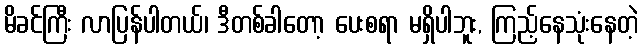
မိခင်ကြီး လာပြန်ပါတယ်၊ ဒီတစ်ခါတော့ ပေးစရာ မရှိပါဘူး, ကြည့်နေသုံးနေတဲ့